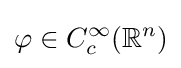
\varphi \in C_{c}^{\infty }(\mathbb {R} ^{n})